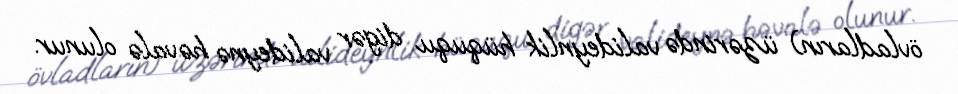
övladların) üzərində valideynlik hüququ digər valideynə həvalə olunur.